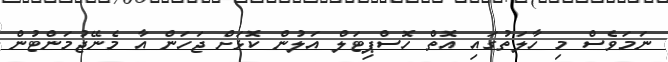
ނަމަވެސް މި ހާލަތުގައި އޮތް ހޮސްޕިޓަލް އަލުން ކޮޅަށް ޖަހަން އާ މެނޭޖުމަންޓުން